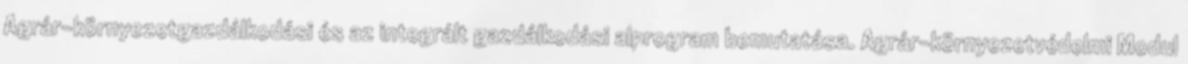
Agrár-környezetgazdálkodási és az integrált gazdálkodási alprogram bemutatása. Agrár-környezetvédelmi Modul